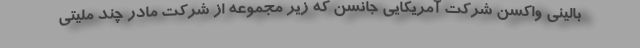
بالینی واکسن شرکت آمریکایی جانسن که زیر مجموعه از شرکت مادر چند ملیتی